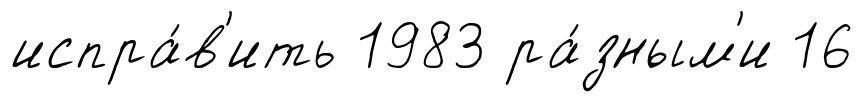
испра́в'ить 1983 ра́зным'и 16